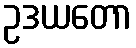
ဥဒယတော